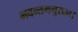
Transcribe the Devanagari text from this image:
भवन्तमनुरक्ता।